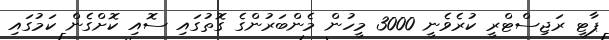
ޕާޓީ ރަޖިސްޓްރީ ކުރެވެނީ 3000 މީހުން މެންބަރުންގެ ގޮތުގައި ސޮއި ކޮށްގެން ކަމުގައި